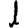
Digit: 1